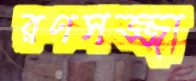
রণসজ্জা